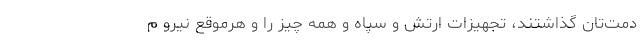
دمت‌تان گذاشتند، تجهیزات ارتش و سپاه و همه چیز را و هرموقع نیرو م